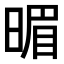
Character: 𣈲